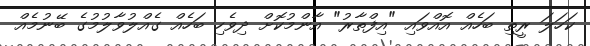
ކަހަލަ ރީތި ބަހެއް އޮއްވައި "އިފްތާރު" އާންމުކޮށް ދިވެހި ބަހެއް ގެއްލުވާލުމުގެ ބޭނުމެއް